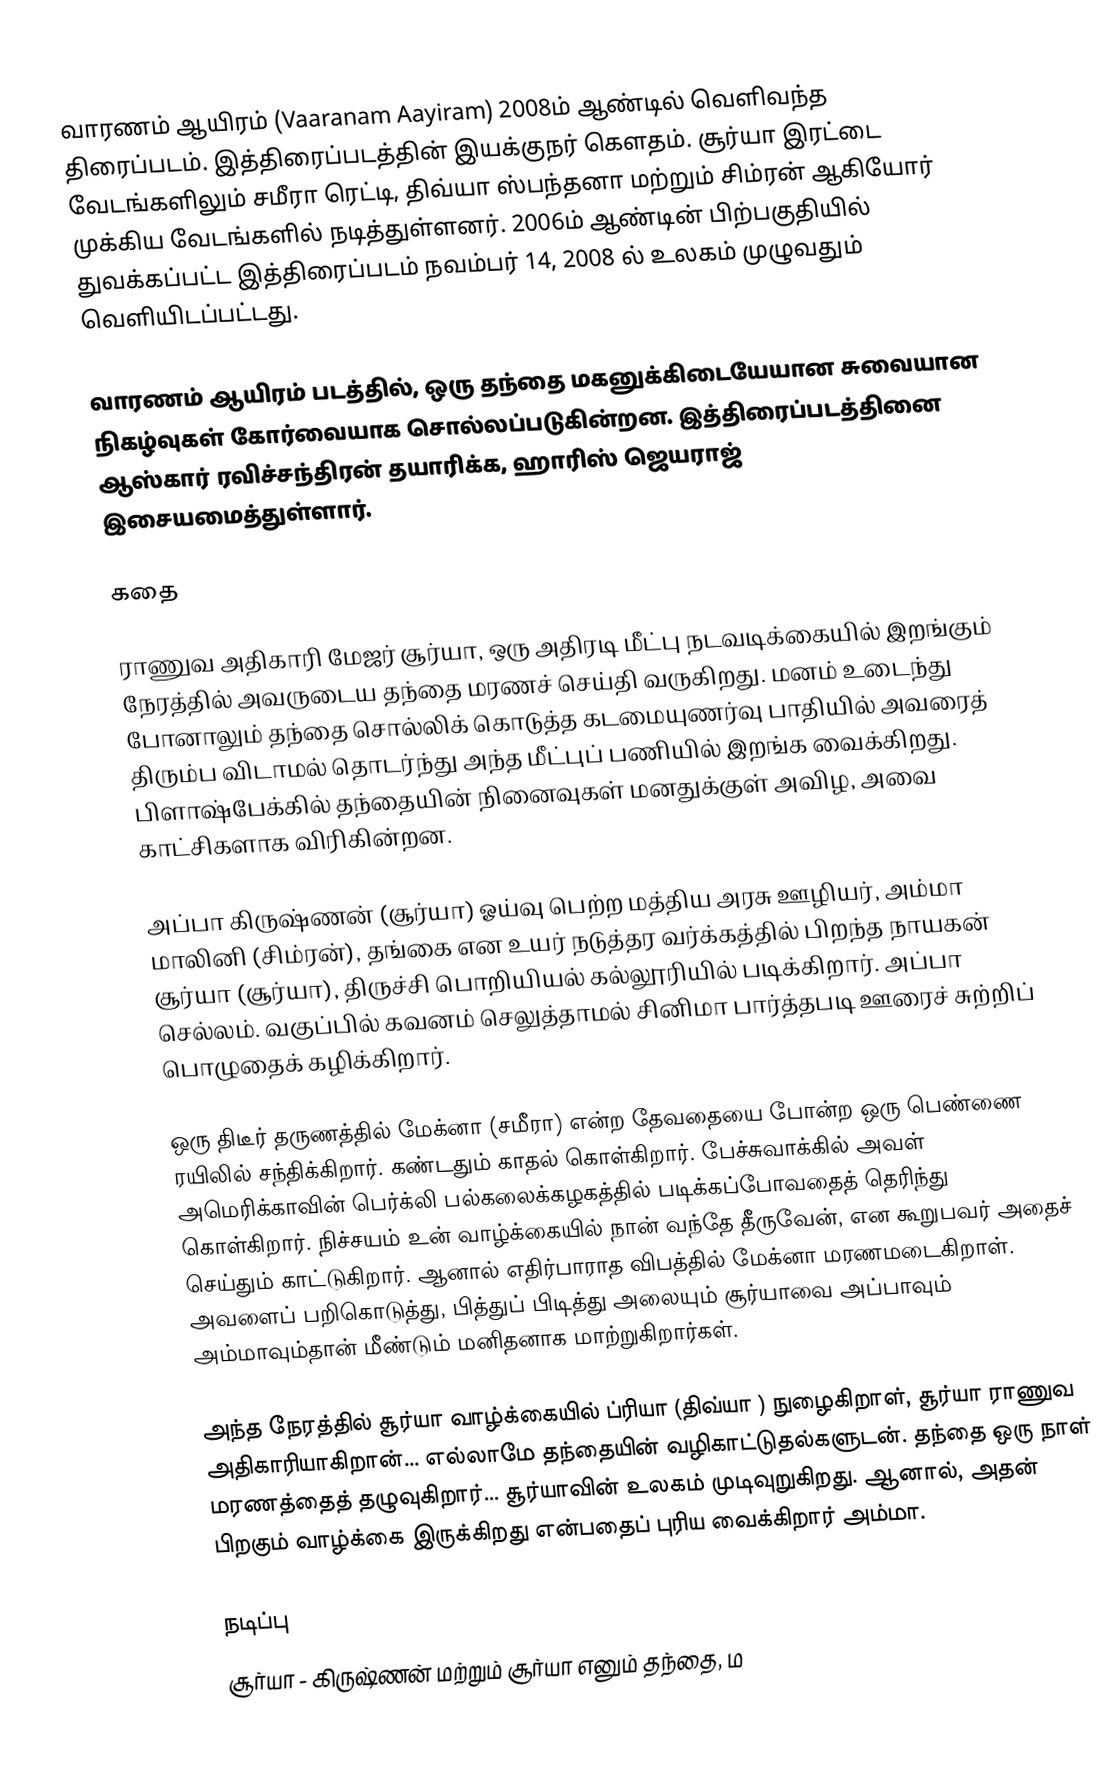
வாரணம் ஆயிரம் (Vaaranam Aayiram) 2008ம் ஆண்டில் வெளிவந்த திரைப்படம். இத்திரைப்படத்தின் இயக்குநர் கௌதம். சூர்யா இரட்டை வேடங்களிலும் சமீரா ரெட்டி, திவ்யா ஸ்பந்தனா மற்றும் சிம்ரன் ஆகியோர் முக்கிய வேடங்களில் நடித்துள்ளனர். 2006ம் ஆண்டின் பிற்பகுதியில் துவக்கப்பட்ட இத்திரைப்படம் நவம்பர் 14, 2008 ல் உலகம் முழுவதும் வெளியிடப்பட்டது.

வாரணம் ஆயிரம் படத்தில், ஒரு தந்தை மகனுக்கிடையேயான சுவையான நிகழ்வுகள் கோர்வையாக சொல்லப்படுகின்றன. இத்திரைப்படத்தினை ஆஸ்கார் ரவிச்சந்திரன் தயாரிக்க, ஹாரிஸ் ஜெயராஜ் இசையமைத்துள்ளார்.

கதை

ராணுவ அதிகாரி மேஜர் சூர்யா, ஒரு அதிரடி மீட்பு நடவடிக்கையில் இறங்கும் நேரத்தில் அவருடைய தந்தை மரணச் செய்தி வருகிறது. மனம் உடைந்து போனாலும் தந்தை சொல்லிக் கொடுத்த கடமையுணர்வு பாதியில் அவரைத் திரும்ப விடாமல் தொடர்ந்து அந்த மீட்புப் பணியில் இறங்க வைக்கிறது. பிளாஷ்பேக்கில் தந்தையின் நினைவுகள் மனதுக்குள் அவிழ, அவை காட்சிகளாக விரிகின்றன.

அப்பா கிருஷ்ணன் (சூர்யா) ஓய்வு பெற்ற மத்திய அரசு ஊழியர், அம்மா மாலினி (சிம்ரன்), தங்கை என உயர் நடுத்தர வர்க்கத்தில் பிறந்த நாயகன் சூர்யா (சூர்யா), திருச்சி பொறியியல் கல்லூரியில் படிக்கிறார். அப்பா செல்லம். வகுப்பில் கவனம் செலுத்தாமல் சினிமா பார்த்தபடி ஊரைச் சுற்றிப் பொழுதைக் கழிக்கிறார்.

ஒரு திடீர் தருணத்தில் மேக்னா (சமீரா) என்ற தேவதையை போன்ற ஒரு பெண்ணை ரயிலில் சந்திக்கிறார். கண்டதும் காதல் கொள்கிறார். பேச்சுவாக்கில் அவள் அமெரிக்காவின் பெர்க்லி பல்கலைக்கழகத்தில் படிக்கப்போவதைத் தெரிந்து கொள்கிறார். நிச்சயம் உன் வாழ்க்கையில் நான்  வந்தே தீருவேன், என கூறுபவர் அதைச் செய்தும் காட்டுகிறார். ஆனால் எதிர்பாராத விபத்தில் மேக்னா மரணமடைகிறாள்.                                                         அவளைப் பறிகொடுத்து, பித்துப் பிடித்து அலையும் சூர்யாவை அப்பாவும் அம்மாவும்தான் மீண்டும் மனிதனாக மாற்றுகிறார்கள்.

அந்த நேரத்தில் சூர்யா வாழ்க்கையில் ப்ரியா (திவ்யா ) நுழைகிறாள், சூர்யா ராணுவ அதிகாரியாகிறான்... எல்லாமே தந்தையின் வழிகாட்டுதல்களுடன். தந்தை ஒரு நாள் மரணத்தைத் தழுவுகிறார்... சூர்யாவின் உலகம் முடிவுறுகிறது. ஆனால், அதன் பிறகும் வாழ்க்கை இருக்கிறது என்பதைப் புரிய வைக்கிறார் அம்மா.

நடிப்பு
 சூர்யா - கிருஷ்ணன் மற்றும் சூர்யா எனும் தந்தை, ம